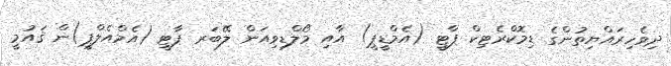
ދިވެހިރައްޔިތުންގެ ޑިމޮކްރެޓިކް ޕާޓީ (އެމްޑީޕީ) އާއި މޯލްޑިވިއަން ލޭބަރ ޕާޓީ (އެމްއެލްޕީ)ން ޤައުމީ